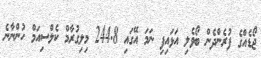
ޖޯޑެއްގެ ފުރެންދެން ބޯވެލި އަޅައިފި ނަމަ އޭގައި 244.8 މިލިގުރާމް ކެލްސިއަމް ހުންނާނެ